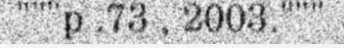
"""p .73 , 2003."""